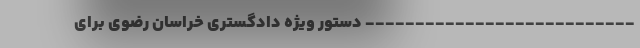
--------------------------- دستور ویژه دادگستری خراسان رضوی برای